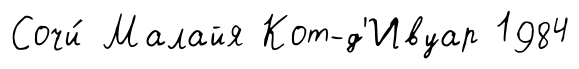
Сочи́ Малайя Кот-д'Ивуар 1984